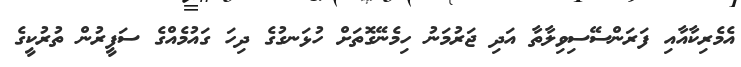
އެމެރިކާއާއި ފަރަންސޭސިވިލާތާ އަދި ޖަރުމަނު ހިމެނޭގޮތަށް ހުޅަނގުގެ ދިހަ ގައުމެއްގެ ސަފީރުން ތުރުކީގެ